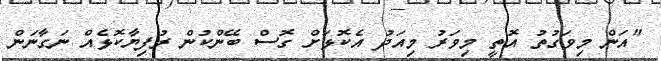
"އަން މިވަގުތު އޮތީ މިވަރު މިއަދު އެކޮޅަށް ގޮސް ބޭންކުން ރުފިޔާކޮޅެއް ނަގާނަން